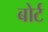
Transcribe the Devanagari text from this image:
बोर्ट